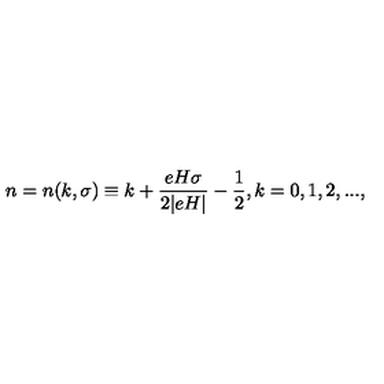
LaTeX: n = n ( k , \sigma ) \equiv k + \frac { e H \sigma } { 2 | e H | } - \frac { 1 } { 2 } , k = 0 , 1 , 2 , . . . ,